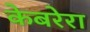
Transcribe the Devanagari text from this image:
केबरेरा